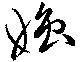
媸